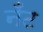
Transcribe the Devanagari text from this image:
नँँट